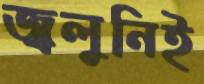
জ্বলুনিই